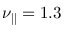
\nu _ { \parallel } = 1 . 3